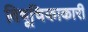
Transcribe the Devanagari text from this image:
विषूचिकाकारी